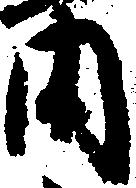
内